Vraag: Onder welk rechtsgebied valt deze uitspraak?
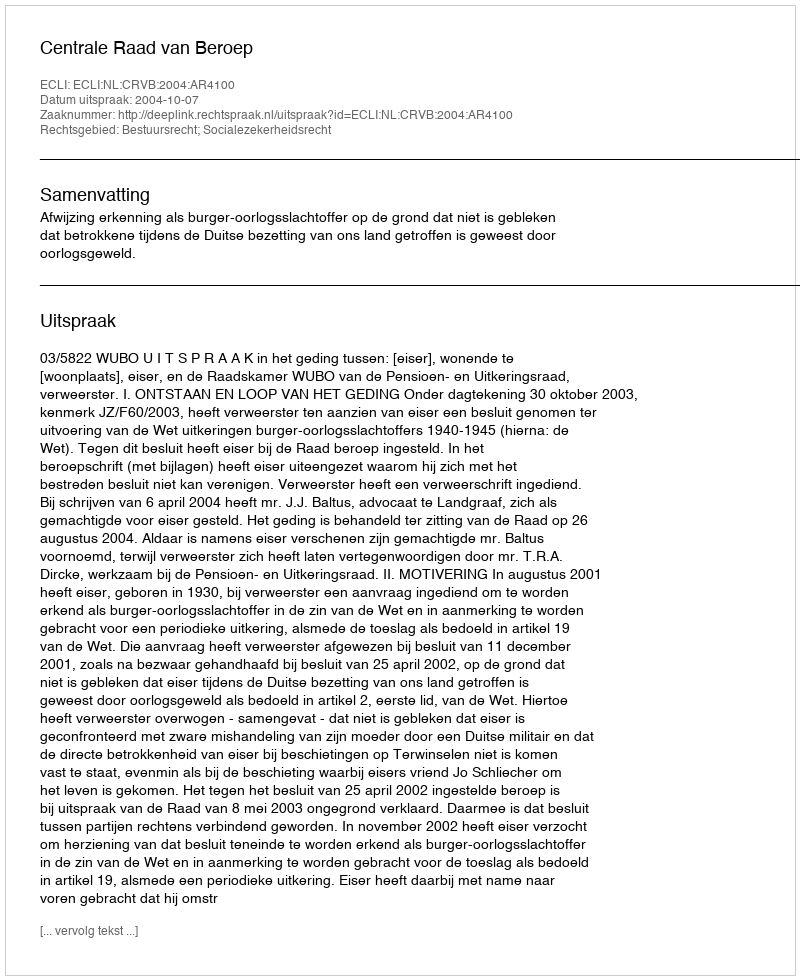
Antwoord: Bestuursrecht; Socialezekerheidsrecht